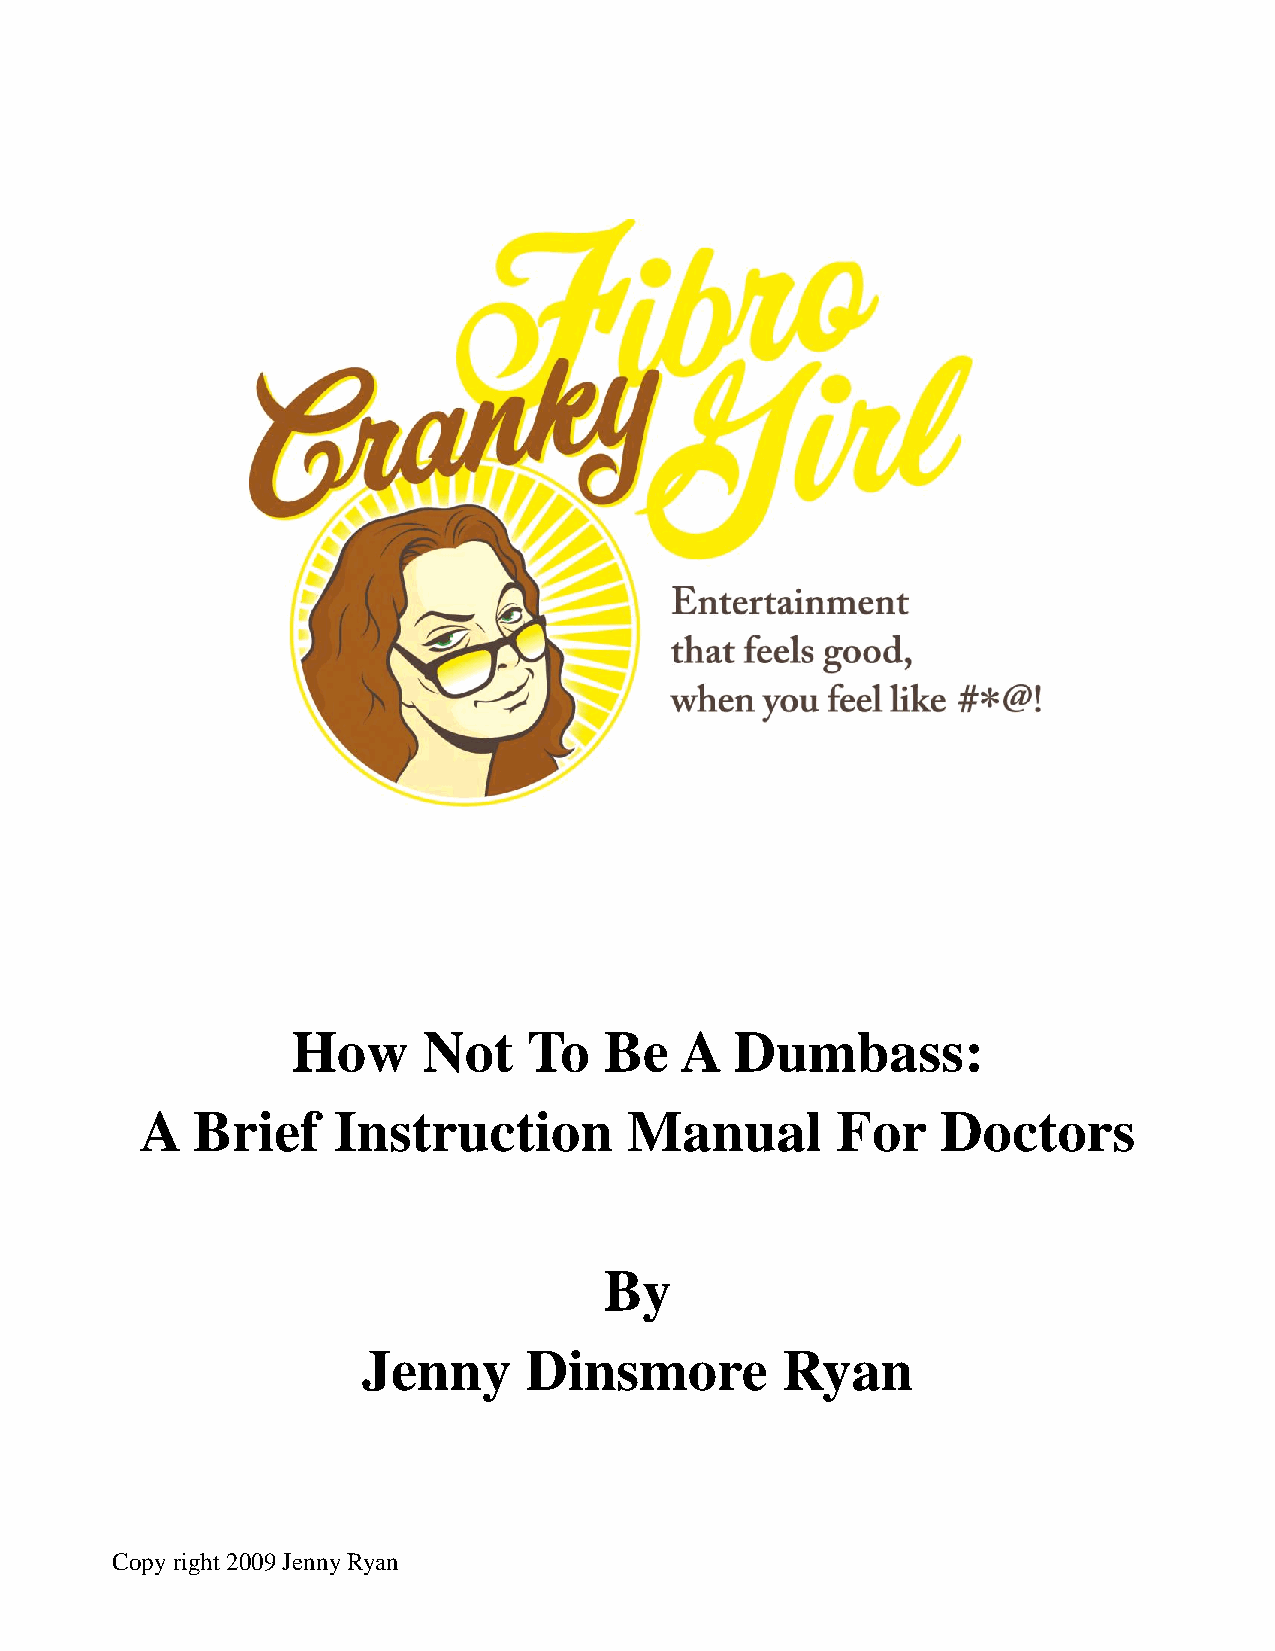
How      Not    To   Be   A   Dumbass:
 A   Brief    Instruction         Manual       For    Doctors
 By
 Jenny      Dinsmore         Ryan
 Copy right 2009 Jenny Ryan